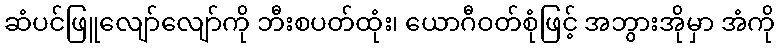
ဆံပင်ဖြူလျော်လျော်ကို ဘီးစပတ်ထုံး၊ ယောဂီဝတ်စုံဖြင့် အဘွားအိုမှာ အံကို